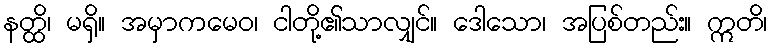
နတ္ထိ၊ မရှိ။ အမှာကမေဝ၊ ငါတို့၏သာလျှင်။ ဒေါသော၊ အပြစ်တည်း။ ဣတိ၊